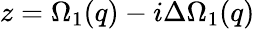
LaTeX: z=\Omega_{1}(q)-i\Delta\Omega_{1}(q)